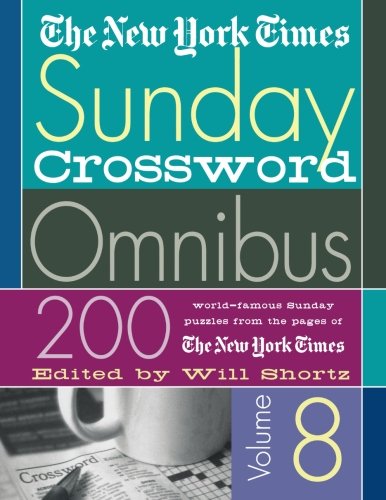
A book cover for The New York Times Sunday Crossword Omnibus Volume 8: 200 World-Famous Sunday Puzzles from the Pages of The New York Times (New York Times Sunday Crosswords Omnibus); The New York Times; Humor & Entertainment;